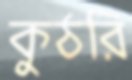
কুঠরি